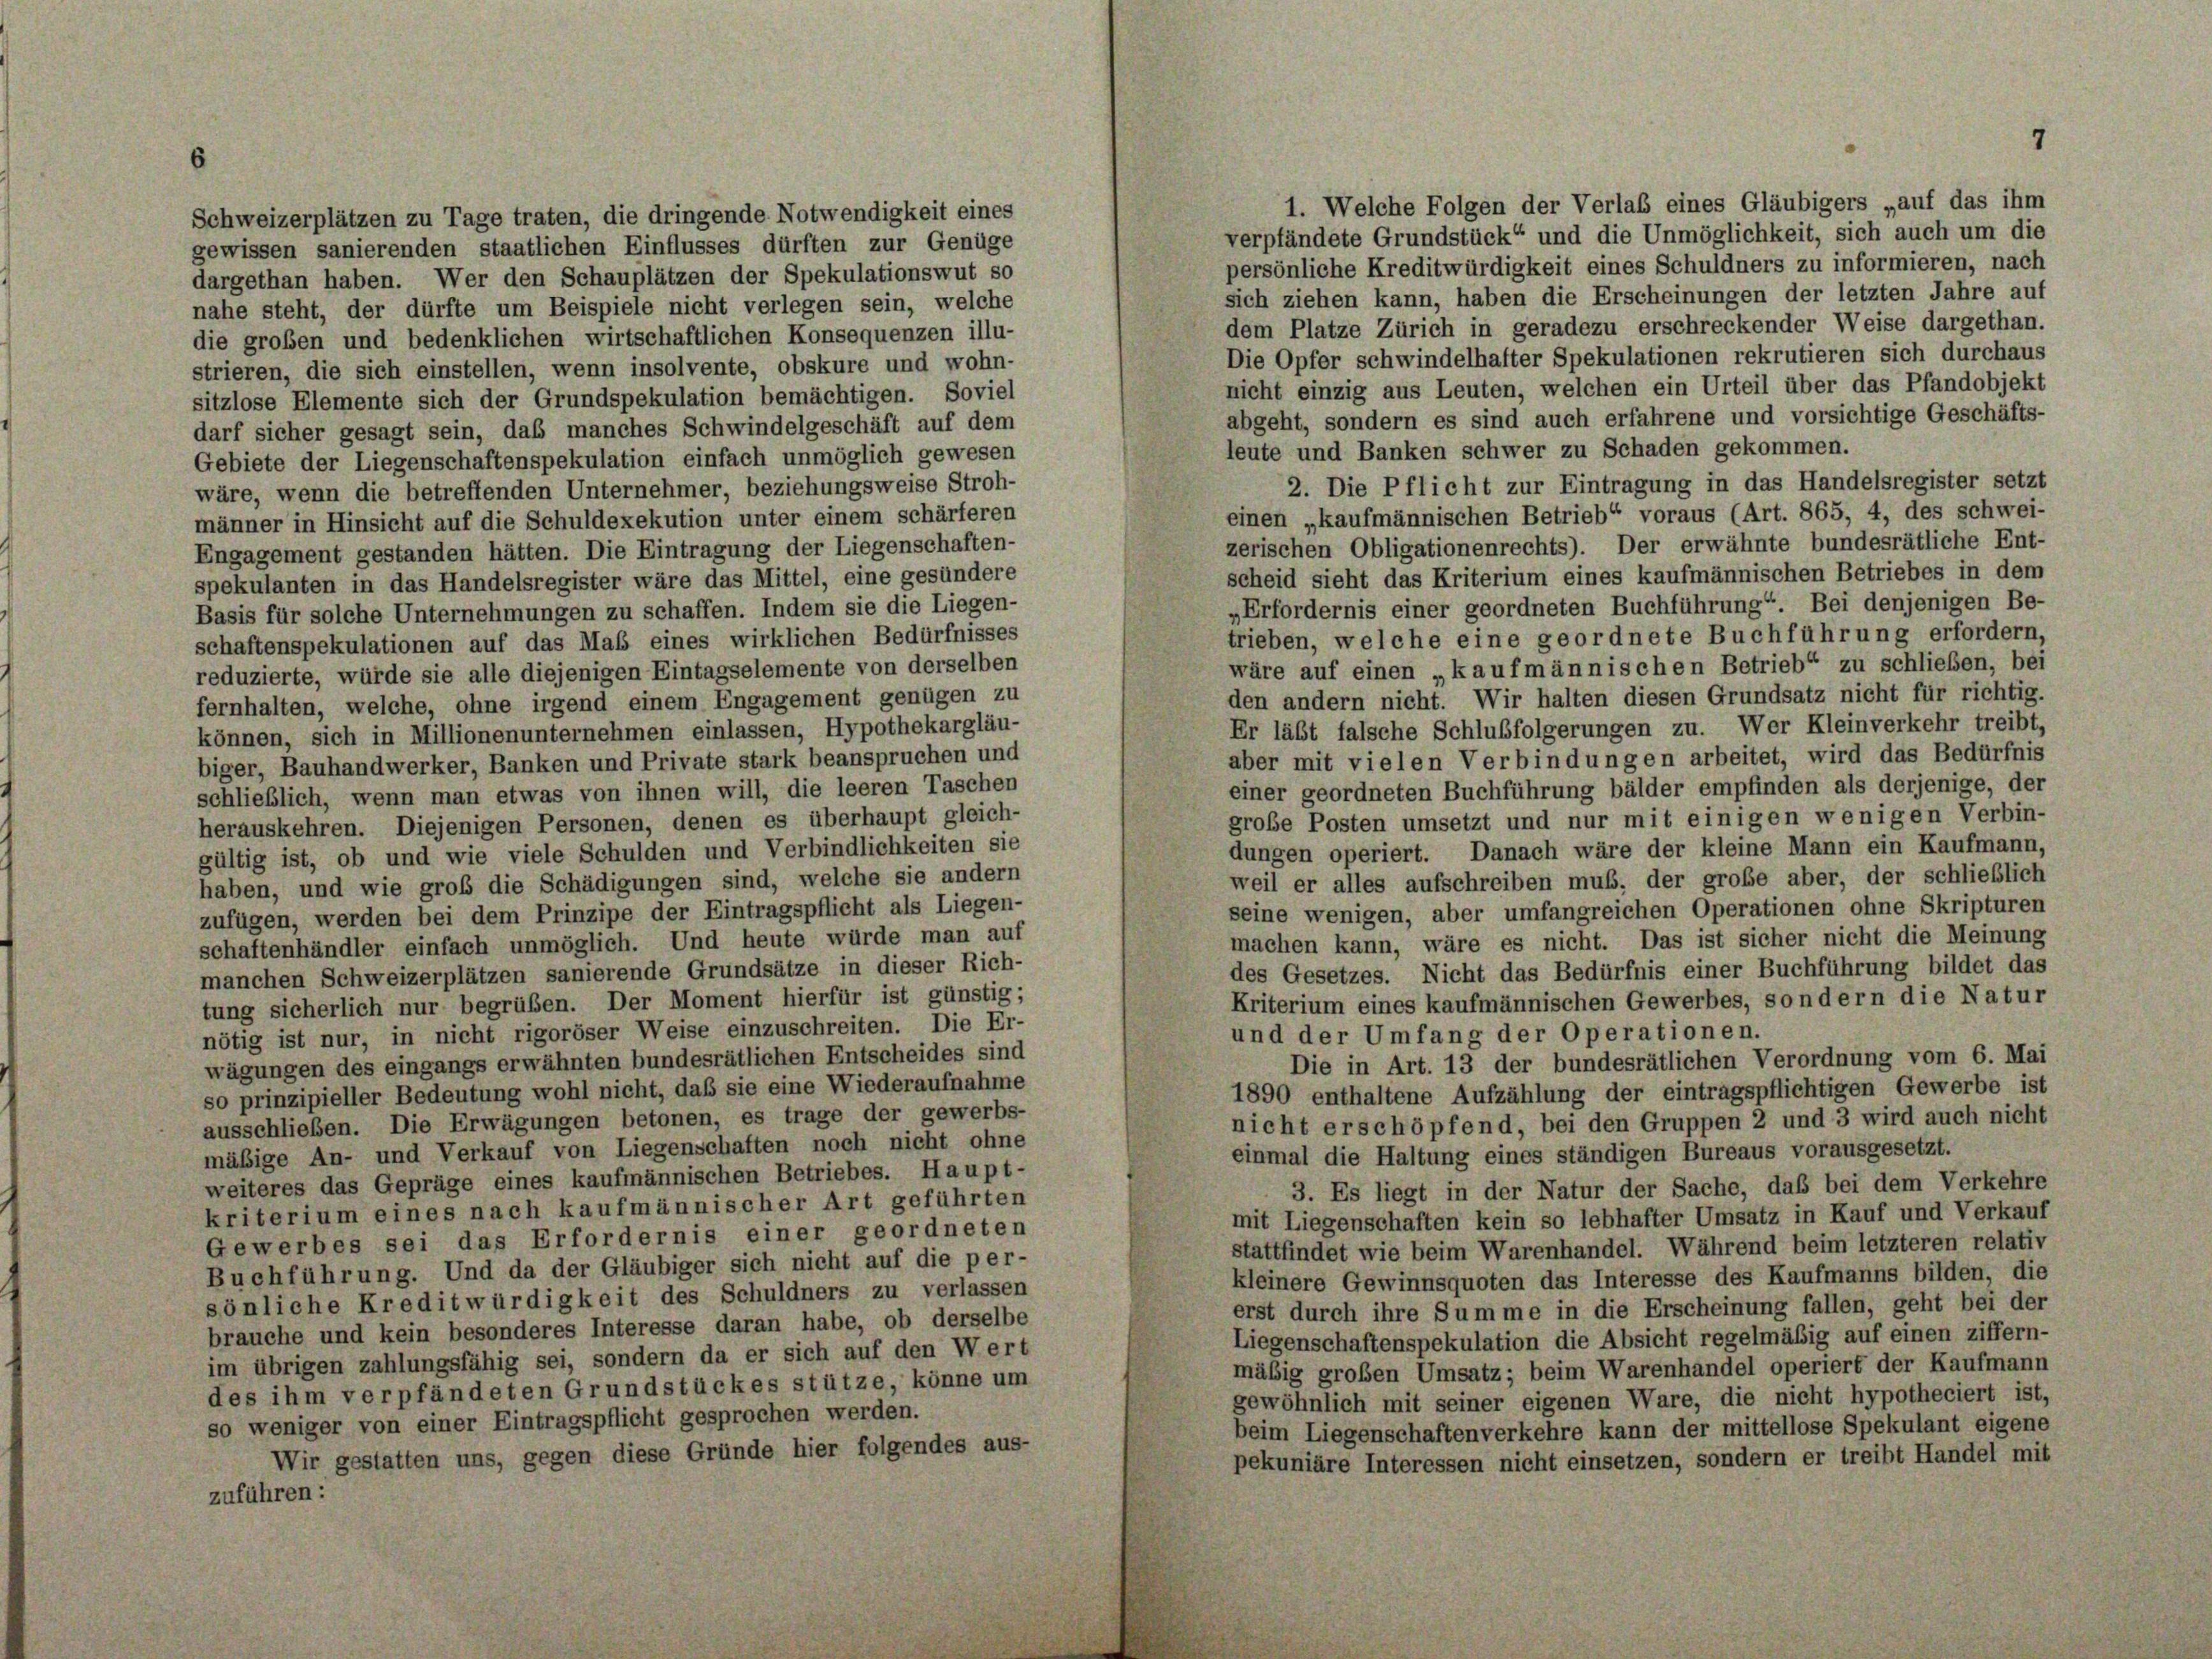
7

Schweizerplätzen zu Tage traten, die dringende Notwendigkeit eines
gewissen sanierenden staatlichen Einflusses dürften zur Genüge
dargethan haben. Wer den Schauplätzen der Spekulationswut so
nahe steht, der dürfte um Beispiele nicht verlegen sein, welche
die großen und bedenklichen wirtschaftlichen Konsequenzen illu-
strieren, die sich einstellen, wenn insolvente, obskure und wohn-
sitzlose Elemente sich der Grundspekulation bemächtigen. Soviel
abgeht, sondern es sind auch erfahrene und vorsichtige Geschäfts-
darf sicher gesagt sein, daß manches Schwindelgeschäft auf dem
leute und Banken schwer zu Schaden gekommen.
Gebiete der Liegenschaftenspekulation einfach unmöglich gewesen
2. Die Pflicht zur Eintragung in das Handelsregister setzt
wäre, wenn die betreffenden Unternehmer, beziehungsweise Stroh-
einen „kaufmännischen Betrieb“ voraus (Art. 865, 4, des schwei-
männer in Hinsicht auf die Schuldexekution unter einem schärferen
zerischen Obligationenrechts). Der erwähnte bundesrätliche Ent-
Engagement gestanden hätten. Die Eintragung der Liegenschaften-
scheid sieht das Kriterium eines kaufmännischen Betriebes in dem
spekulanten in das Handelsregister wäre das Mittel, eine gesündere
„Erfordernis einer geordneten Buchführung“. Bei denjenigen Be-
Basis für solche Unternehmungen zu schaffen. Indem sie die Liegen-
trieben, welche eine geordnete Buchführung erfordern,
schaftenspekulationen auf das Maß eines wirklichen Bedürfnisses
wäre auf einen „kaufmännischen Betrieb“ zu schließen, bei
reduzierte, würde sie alle diejenigen Eintagselemente von derselben
den andern nicht. Wir halten diesen Grundsatz nicht für richtig.
fernhalten, welche, ohne irgend einem Engagement genügen zu
Er läßt falsche Schlußfolgerungen zu. Wer Kleinverkehr treibt,
können, sich in Millionenunternehmen einlassen, Hypothekargläu-
aber mit vielen Verbindungen arbeitet, wird das Bedürfnis
biger, Bauhandwerker, Banken und Private stark beanspruchen und
einer geordneten Buchführung bälder empfinden als derjenige, der
schließlich, wenn man etwas von ihnen will, die leeren Taschen
grobe Posten umsetzt und nur mit einigen wenigen Verbin-
herauskehren. Diejenigen Personen, denen es überhaupt gleich-
dungen operiert. Danach wäre der kleine Mann ein Kaufmann,
gültig ist, ob und wie viele Schulden und Verbindlichkeiten sie
weil er alles aufschreiben muß, der grobe aber, der schließlich
haben, und wie groß die Schädigungen sind, welche sie andern
seine wenigen, aber umfangreichen Operationen ohne Skripturen
zufügen, werden bei dem Prinzipe der Eintragspflicht als Liegen-
machen kann, wäre es nicht. Das ist sicher nicht die Meinung
schaftenhändler einfach unmöglich. Und heute würde man auf
des Gesetzes. Nicht das Bedürfnis einer Buchführung bildet das
manchen Schweizerplätzen sanierende Grundsätze in dieser Rich-
Kriterium eines kaufmännischen Gewerbes, sondern die Natur
tung sicherlich nur begrüßen. Der Moment hierfür ist günstig;
nötig ist nur, in nicht rigoröser Weise einzuschreiten. Die Er-
und der Umfang der Operationen.
wägungen des eingangs erwähnten bundesrätlichen Entscheides sind
Die in Art. 13 der bundesrätlichen Verordnung vom 6. Mai
so prinzipieller Bedeutung wohl nicht, daß sie eine Wiederaufnahme
1890 enthaltene Aufzählung der eintragspflichtigen Gewerbe ist
ausschließen. Die Erwägungen betonen, es trage der gewerbs-
nicht erschöpfend, bei den Gruppen 2 und 3 wird auch nicht
mäßige An- und Verkauf von Liegenschaften noch nicht ohne
einmal die Haltung eines ständigen Bureaus vorausgesetzt.
weiteres das Gepräge eines kaufmännischen Betriebes. Haupt-
3. Es liegt in der Natur der Sache, daß bei dem Verkehre
kriterium eines nach kaufmännischer Art geführten
mit Liegenschaften kein so lebhafter Umsatz in Kauf und Verkauf
Gewerbes sei das Erfordernis einer geordneten
stattfindet wie beim Warenhandel. Während beim letzteren relativ
Buchführung. Und da der Gläubiger sich nicht auf die per-
kleinere Gewinnsquoten das Interesse des Kaufmanns bilden, die
sönliche Kreditwürdigkeit des Schuldners zu verlassen
erst durch ihre Summe in die Erscheinung fallen, geht bei der
brauche und kein besonderes Interesse daran habe, ob derselbe
Liegenschaftenspekulation die Absicht regelmäßig auf einen ziffern-
im übrigen zahlungsfähig sei, sondern da er sich auf den Wert
mäßig großen Umsatz; beim Warenhandel operiert der Kaufmann
des ihm verpfändeten Grundstückes stütze, könne um
gewöhnlich mit seiner eigenen Ware, die nicht hypotheciert ist,
so weniger von einer Eintragspflicht gesprochen werden.
beim Liegenschaftenverkehre kann der mittellose Spekulant eigene
Wir gestatten uns, gegen diese Gründe hier folgendes aus-
pekuniäre Interessen nicht einsetzen, sondern er treibt Handel mit
zuführen:

1. Welche Folgen der Verlas eines Gläubigers „auf das ihm
verpfändete Grundstück“ und die Unmöglichkeit, sich auch um die
persönliche Kreditwürdigkeit eines Schuldners zu informieren, nach
sich ziehen kann, haben die Erscheinungen der letzten Jahre auf
dem Platze Zürich in geradezu erschreckender Weise dargethan.
Die Opfer schwindelhafter Spekulationen rekrutieren sich durchaus
nicht einzig aus Leuten, welchen ein Urteil über das Pfandobjekt